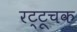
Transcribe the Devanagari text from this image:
रट्टूचक